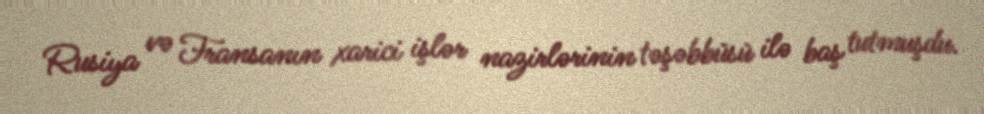
Rusiya və Fransanın xarici işlər nazirlərinin təşəbbüsü ilə baş tutmuşdu.